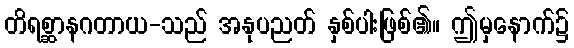
တိရစ္ဆာနဂတာယ-သည် အနုပညတ် နှစ်ပါးဖြစ်၏။ ဤမှနောက်၌